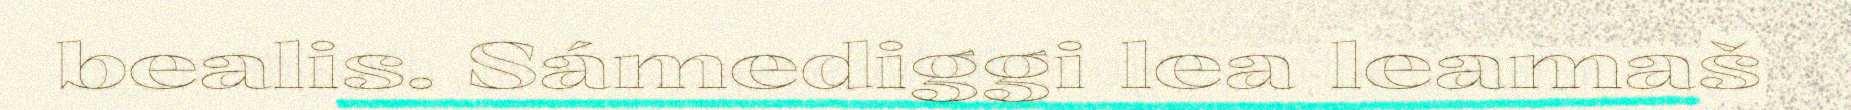
bealis. Sámediggi lea leamaš